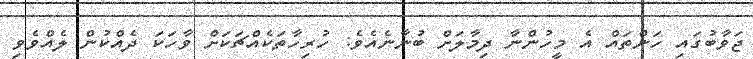
ޖަވާބުގައި ހަންތައް އެ މީހުންނާ ދިމާލަށް ބުނާނެއެވެ: ހުރިހާތަކެއްޗަކަށް ވާހަކަ ދެއްކުން ލެއްވެވި